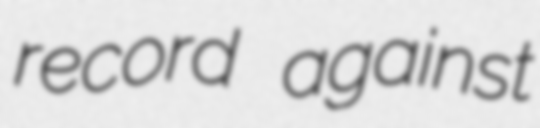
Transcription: record against